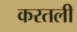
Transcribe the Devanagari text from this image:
करतली